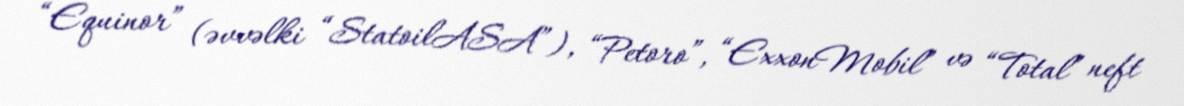
“Equinor” (əvvəlki “StatoilASA”), “Petoro”, “ExxonMobil” və “Total” neft